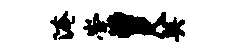
淹崇曾尺英